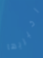
اخبريها